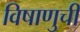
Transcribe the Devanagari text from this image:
विषाणुची